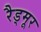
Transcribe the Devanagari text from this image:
रैड्मूर